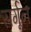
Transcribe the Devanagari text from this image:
सर्गून